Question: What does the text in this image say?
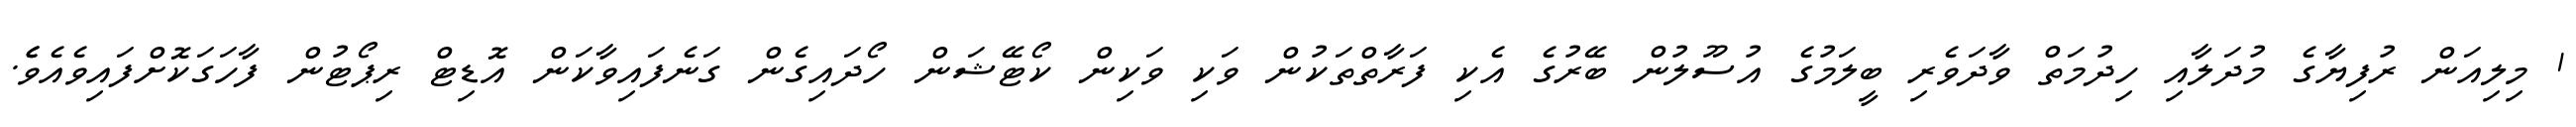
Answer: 1 މިލިއަން ރުފިޔާގެ މުދަލާއި ހިދުމަތް ވާދަވެރި ބީލަމުގެ އުސޫލުން ބޭރުގެ އެކި ފަރާތްތަކުން ވަކި ވަކިން ކޯޓޭޝަން ހޯދައިގެން ގަނެފައިވާކަން އޮޑިޓް ރިޕޯޓުން ފާހަގަކޮށްފައިވެއެވެެ.